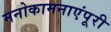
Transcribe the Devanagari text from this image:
मनोकामनाएंपूरी